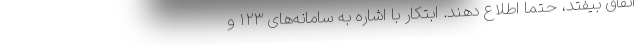
اتفاق بیفتد، حتما اطلاع دهند. ابتکار با اشاره به سامانه‌های ۱۲۳ و